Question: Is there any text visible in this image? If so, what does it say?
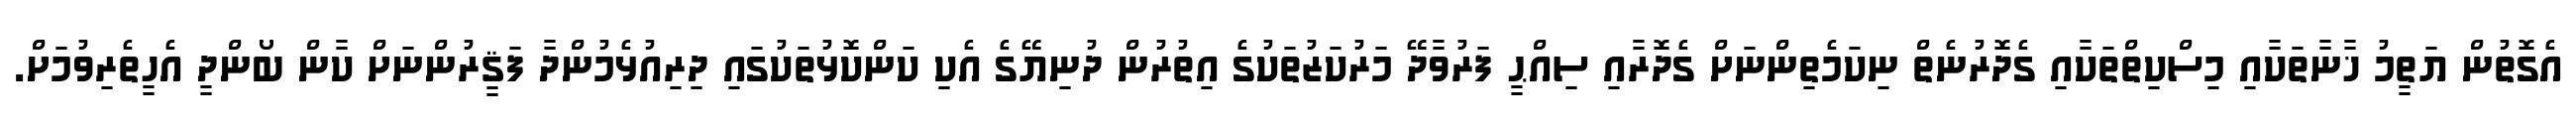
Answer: އެގޮތުން ޔަތީމު ޚާނާތަކާއި މިސްކިތްތަކާއި ގެދޮރުނެތް ނިކަމެތިންނަށް ގެދޮރާއި ސިއްޙީ ފަރުވާދޭ މަރުކަޒުތަކުގެ އިތުރުން ދުނިޔޭގެ އެކި ކަންކޮޅުތަކުގައި ދިރިއުޅެމުންދާ ފަޤީރުންނަށް ކާން ބޯންދީ އެހީތެރިވުމަށް.